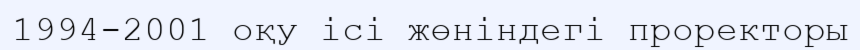
1994-2001 оқу ісі жөніндегі проректоры